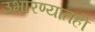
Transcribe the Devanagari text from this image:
उभारण्यातही